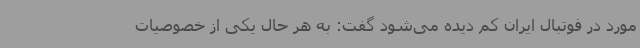
مورد در فوتبال ایران کم دیده می‌شود گفت: به هر حال یکی از خصوصیات